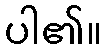
ပါ၏။